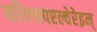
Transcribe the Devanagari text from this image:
बल्ल्स्पिएल्वेरेइन्